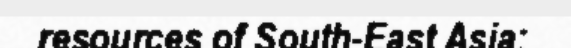
resources of South-East Asia: